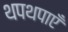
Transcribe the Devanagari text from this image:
थपथपाएँ